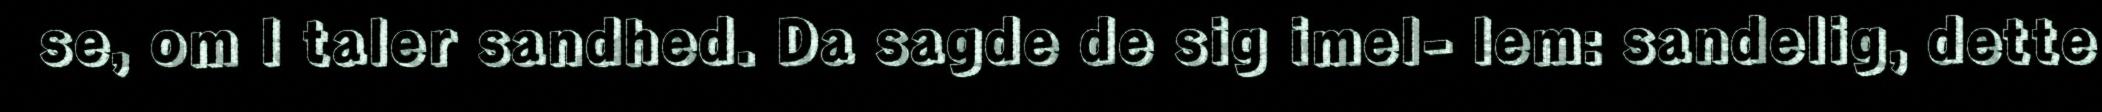
se, om I taler sandhed. Da sagde de sig imel- lem: sandelig, dette